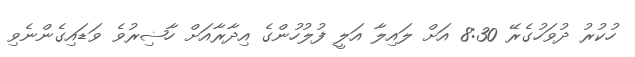
ހުކުރު ދުވަހުގެރޭ 8:30 އަށް ލައިލާ އަލީ ފުލުހުންގެ އިދާރާއަށް ހާޟިރުވެ ވަޑައިގެންނެވި